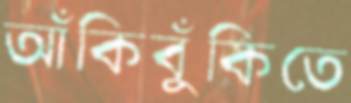
আঁকিবুঁকিতে